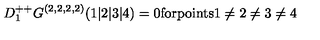
D _ { 1 } ^ { + + } G ^ { ( 2 , 2 , 2 , 2 ) } ( 1 \vert 2 \vert 3 \vert 4 ) = 0 \mathrm { f o r p o i n t s 1 \neq 2 \neq 3 \neq 4 }